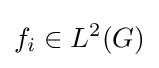
f_{i}\in L^{2}(G)